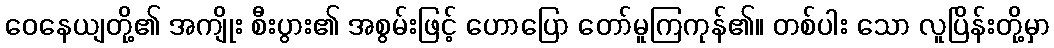
ဝေနေယျတို့၏ အကျိုး စီးပွား၏ အစွမ်းဖြင့် ဟောပြော တော်မူကြကုန်၏။ တစ်ပါး သော လူပြိန်းတို့မှာ